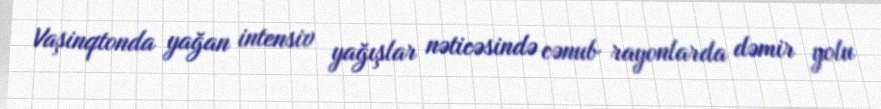
Vaşinqtonda yağan intensiv yağışlar nəticəsində cənub rayonlarda dəmir yolu